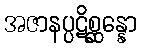
အဇာနပ္ပဋိစ္ဆန္နော